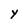
Character: Y